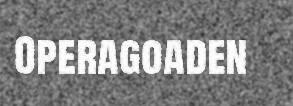
Operagoaden